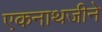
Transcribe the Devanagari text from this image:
एकनाथजीने